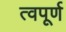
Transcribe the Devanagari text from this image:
त्वपूर्ण